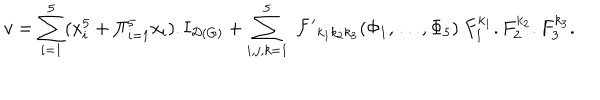
v = \sum _ { i = 1 } ^ { 5 } ( x _ { i } ^ { 5 } + \Pi _ { i = 1 } ^ { 5 } x _ { i } ) . { \bf I } _ { { \cal D } \left( G \right) } + \sum _ { i , j , k = 1 } ^ { 5 } \ { \cal F ^ { \prime } } _ { k _ { 1 } k _ { 2 } k _ { 3 } } ( \Phi _ { 1 } , \dots , \Phi _ { 5 } ) \ F _ { 1 } ^ { k _ { 1 } } . F _ { 2 } ^ { k _ { 2 } } . F _ { 3 } ^ { k _ { 3 } } .